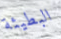
البطيئة